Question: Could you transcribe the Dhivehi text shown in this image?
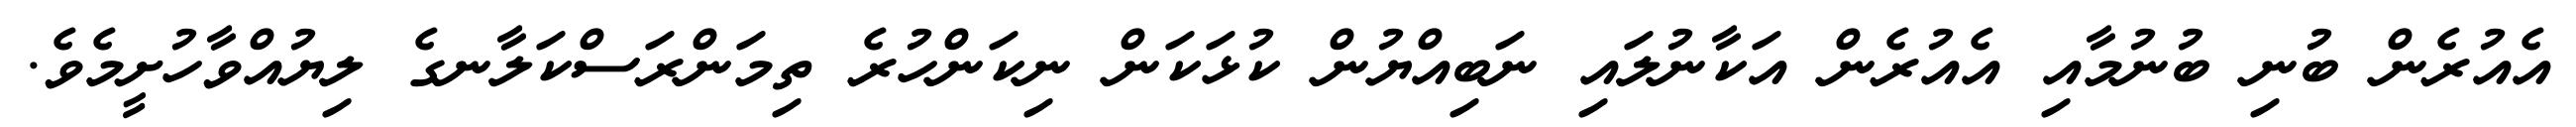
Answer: އެއުރެން ބުނި ބުނުމާއި އެއުރެން އަކާނުލައި ނަބިއްޔުން ކުޅަކަން ނިކަންހުރެ ތިމަންރަސްކަލާނގެ ލިޔުއްވާހުށީމެވެ.